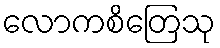
လောကစိတြေသု